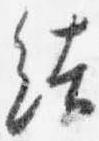
結